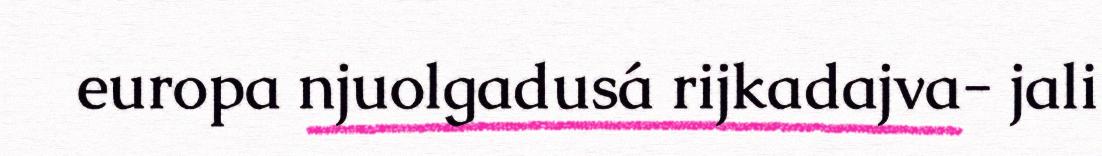
europa njuolgadusá rijkadajva- jali